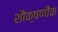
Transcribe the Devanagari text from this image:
शौक्षणीक